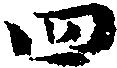
四